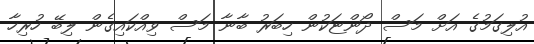
އުލިގަމުގެ އަށް މަސް ދޯންޏަކުން ހިބަރު ބާނާ މަސް ވިއްކައިގެން ލިބޭ ހުރިހާ